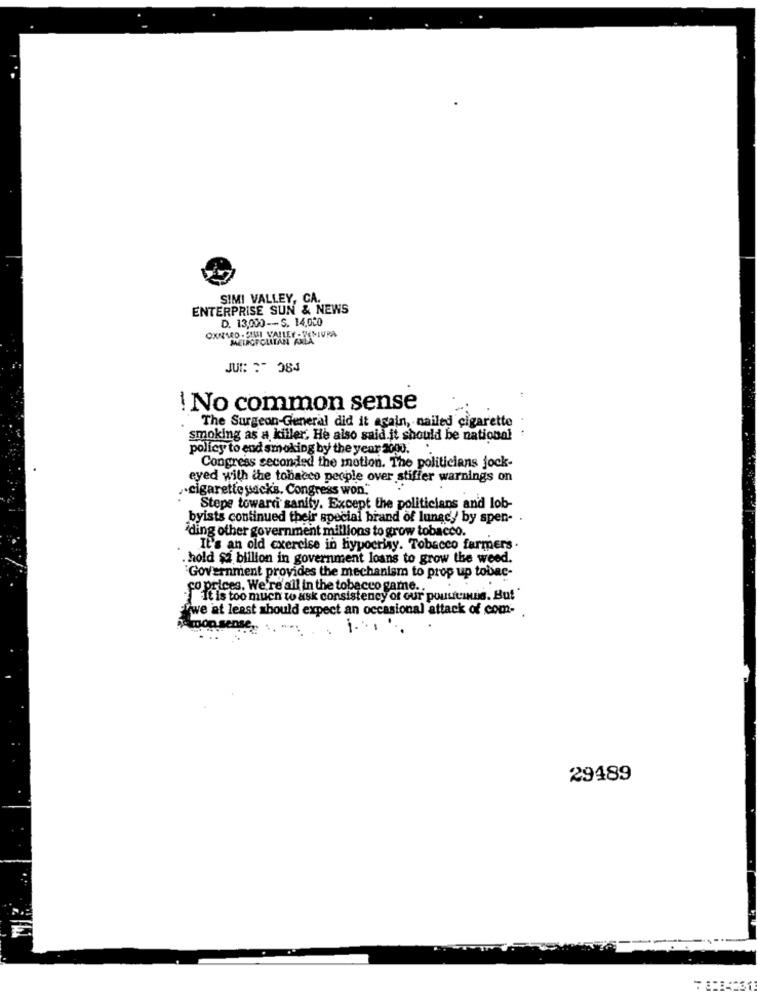
SIMI VALLEY, CA.
ENTERPRISE SUN & NEWS
D. 13,000-S. 14.000
SELECPOLITAN AND
JUB: : 084
! No common sense
The Surgeon-General did it again, nailed cigarette
smoking as a killer. He also said it should be national
policy to end smoking by the year 2000.
.
Congress seconded the motion. The politicians jock-
eyed with the tobacco people over stiffer warnings on
.cigarette sacks. Congress won"
Stepe towardi sanity. Except the politicians and lob-
byists continued their special brand of lunacy by spen- .
iding other government millions to grow tobacco.
It's an old exercise in hypocrisy. Tobacco farmers.
. hold sa billion in government loans to grow the weed.
Government provides the mechanism to prop up tobac-
co prices. We're all in the tobacco game ..
it is too much to ask consistency of our pousenuis. But "
Ywe at least should expect an occasional attack of com- .
29489
7 8:14231